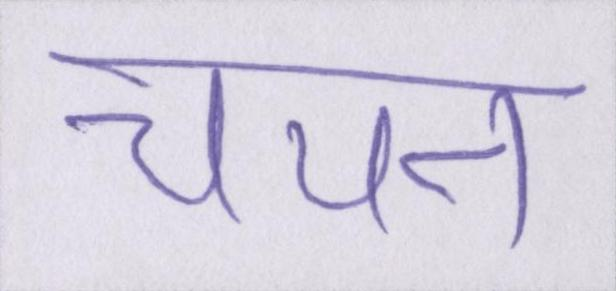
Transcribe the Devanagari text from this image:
चयन